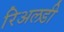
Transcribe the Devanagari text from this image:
रिअलडी